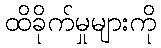
ထိခိုက်မှုများကို